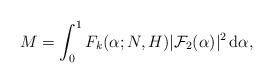
\begin{align*}M=\int_0^1 F_k(\alpha;N,H)|\mathcal F_2(\alpha)|^2\, {\rm d}\alpha,\end{align*}